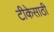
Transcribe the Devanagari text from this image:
टीकेसाठी